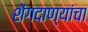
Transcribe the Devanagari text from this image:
शेंगदाण्यांचा